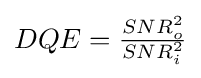
{\textstyle DQE={\frac {SNR_{o}^{2}}{SNR_{i}^{2}}}}